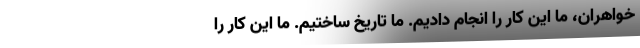
خواهران، ما این کار را انجام دادیم. ما تاریخ ساختیم. ما این کار را